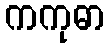
ကကုဓာ